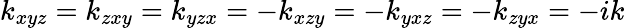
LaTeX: k_{xyz}=k_{zxy}=k_{yzx}=-k_{xzy}=-k_{yxz}=-k_{zyx}=-ik